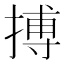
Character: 搏